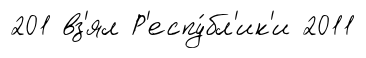
201 вз'ял Р'еспу́бл'ик'и 2011